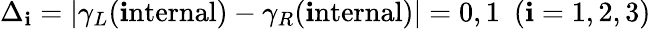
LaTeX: \Delta_{\mathbf{i}}=\vert\gamma_{L}(\mathrm{{\mathbf{i}nternal}})-\gamma_{R}(\mathrm{{\mathbf{i}nternal}})\vert=0,1~~(\mathbf{i}=1,2,3)